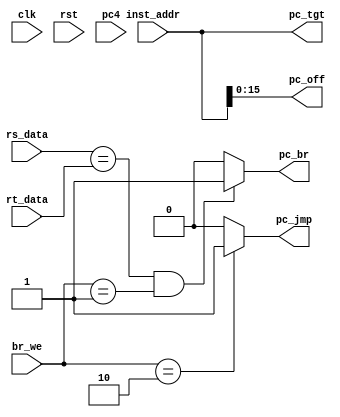
`timescale 1ns / 1ps

module brUnit(
    input clk,
    input rst,

    input [31: 0] rs_data,          // rs
    input [31: 0] rt_data,          // rt
    input [25: 0] inst_addr,        // 
    input [3: 0] pc4,               // pc4
    input [1: 0] br_we,             // 01-beq, 10-j
    
    output pc_jmp,
    output pc_br,
    output [25: 0] pc_tgt,
    output [15: 0] pc_off
    
    );

    assign pc_br = (rs_data == rt_data && br_we == 2'b01) ? 1 : 0;
    assign pc_jmp = (br_we == 2'b10) ? 1 : 0;
    assign pc_off = inst_addr[15: 0];
    assign pc_tgt = inst_addr;
    
    
    
endmodule